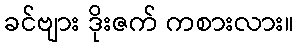
ခင်ဗျား ဒိုးဇက် ကစားလား။